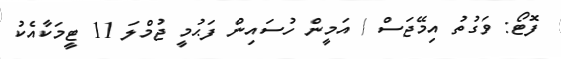
ފޮޓޯ: ވަގުތު އިމޭޖަސް / އަމީން ހުސައިން ފަޙުމީ ޖުމްލަ 11 ޓީމަކާއެކު